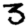
Digit: 3